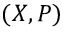
( \ensuremath { \boldsymbol { X } } , \ensuremath { \boldsymbol { P } } )